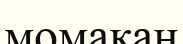
момақан